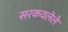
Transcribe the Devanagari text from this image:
सरकवलेले